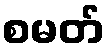
စမတ်